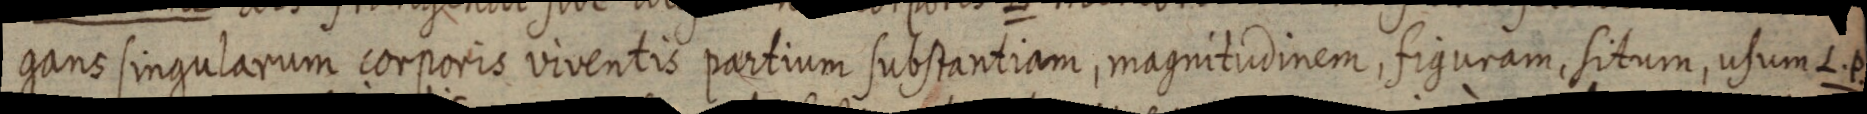
gans singularum corporis viventis partium substantiam, magnitudinem, figuram, situm, usum L. P.